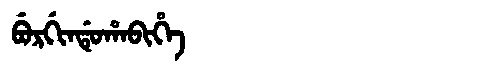
Manchu: ᠪᡠᡵᡤᡳᠨᡩᡠᡥᠠᠪᡳᡥᡝ
Romanization: BURGINDUHABIHE